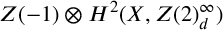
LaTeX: Z ( - 1 ) \otimes { } H ^ { 2 } ( X , Z ( 2 ) _ { d } ^ { \infty } )